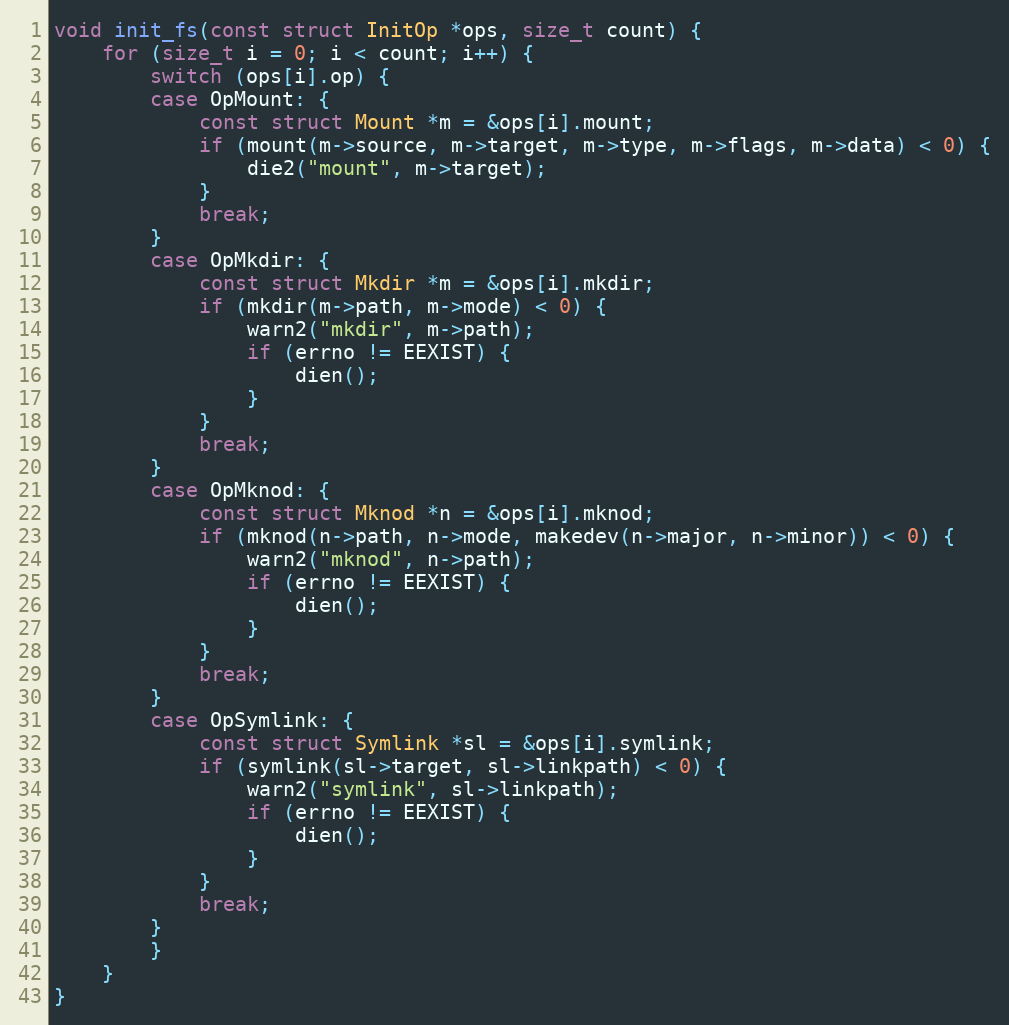
Language: C
void init_fs(const struct InitOp *ops, size_t count) {
    for (size_t i = 0; i < count; i++) {
        switch (ops[i].op) {
        case OpMount: {
            const struct Mount *m = &ops[i].mount;
            if (mount(m->source, m->target, m->type, m->flags, m->data) < 0) {
                die2("mount", m->target);
            }
            break;
        }
        case OpMkdir: {
            const struct Mkdir *m = &ops[i].mkdir;
            if (mkdir(m->path, m->mode) < 0) {
                warn2("mkdir", m->path);
                if (errno != EEXIST) {
                    dien();
                }
            }
            break;
        }
        case OpMknod: {
            const struct Mknod *n = &ops[i].mknod;
            if (mknod(n->path, n->mode, makedev(n->major, n->minor)) < 0) {
                warn2("mknod", n->path);
                if (errno != EEXIST) {
                    dien();
                }
            }
            break;
        }
        case OpSymlink: {
            const struct Symlink *sl = &ops[i].symlink;
            if (symlink(sl->target, sl->linkpath) < 0) {
                warn2("symlink", sl->linkpath);
                if (errno != EEXIST) {
                    dien();
                }
            }
            break;
        }
        }
    }
}